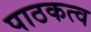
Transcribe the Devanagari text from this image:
पाठकत्व